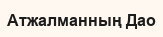
Атжалманның Дао